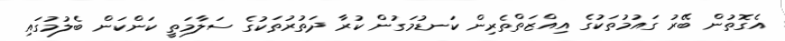
އެގޮތުން ބޭރު ގައުމުތަކުގެ އިއްޒަތްތެރިން ކަނޑުމަގުން ކުރާ ދަތުރުތަކުގެ ސަލާމަތީ ކަންކަން ބެލުމުގައި